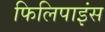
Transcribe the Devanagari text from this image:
फिलिपाइंस